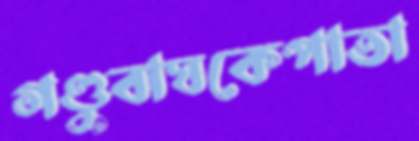
গণ্ডুবাঘকেপাতা